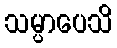
သမ္ပာပေသိ